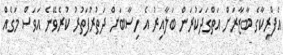
އެފްރިކާގެ ބާޒާރަށް އަތްގަދަކުރަން ބަލާއިރު އެ ހިސާބަށް ދަތުރުފަތުރު ކުރެވޭނެ އަވަސް މަގެއް